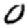
Digit: 0